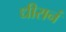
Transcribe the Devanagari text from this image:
धीरानं